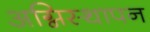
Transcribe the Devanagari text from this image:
अग्निस्थापन